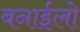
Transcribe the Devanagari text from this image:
बनाईलो